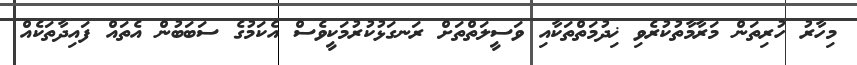
މިހާރު ހުރިތަން މަރާމާތުކުރެވި ޚިދުމަތްތަކާއި ވަސީލަތްތަށް ރަނގަޅުކުރުމަކީވެސް އެކަމުގެ ސަބަބުން އެތައް ފައިދާތަކެއް